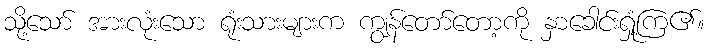
သို့သော် အားလုံးသော ရုံးသားများက ကျွန်တော်တော့ကို နှာခေါင်းရှုံ့ကြ၏။